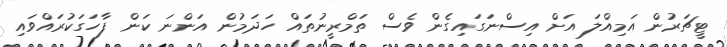
ޓީޗަރުން އަމިއްލަ އަށް އިސްނަގައިގެން ވެސް ތަމްރީނުތައް ހަދަމުން އަންނަ ކަން ފާހަގަކުރައްވައި